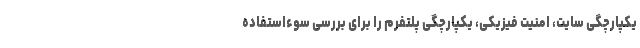
یکپارچگی سایت، امنیت فیزیکی، یکپارچگی پلتفرم را برای بررسی سوءاستفاده